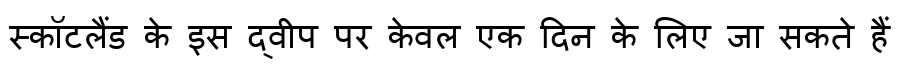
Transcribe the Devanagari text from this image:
स्कॉटलैंड के इस द्वीप पर केवल एक दिन के लिए जा सकते हैं